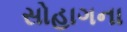
સોહાગના